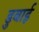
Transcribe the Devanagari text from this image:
डुबाई